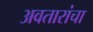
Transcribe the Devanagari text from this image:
अवतारांचा